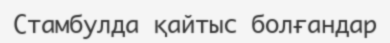
Стамбулда қайтыс болғандар